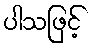
ပါသဖြင့်